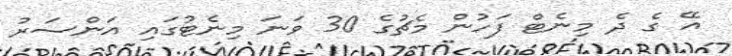
އޭ ގެ ދެ މިނެޓް ފަހުން މެޗުގެ 30 ވަނަ މިނެޓުގައި އަންސަރު